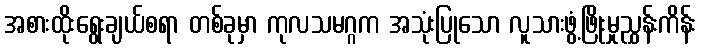
အစားထိုးရွေးချယ်စရာ တစ်ခုမှာ ကုလသမဂ္ဂက အသုံးပြုသော လူသားဖွံ့ဖြိုးမှုညွှန်းကိန်း